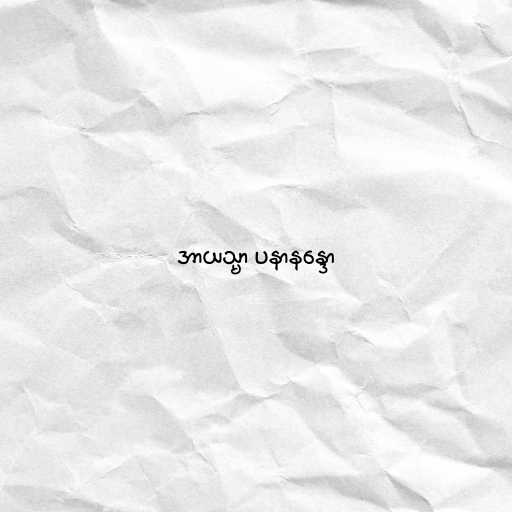
အာယသ္မာ ပနာနန္ဒော